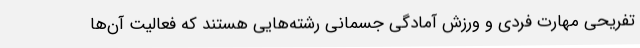
تفریحی مهارت فردی و ورزش آمادگی جسمانی رشته‌هایی هستند که فعالیت آن‌ها